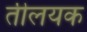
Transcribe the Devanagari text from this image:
तीलयक